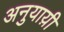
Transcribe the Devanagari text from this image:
अनुयाय़ी